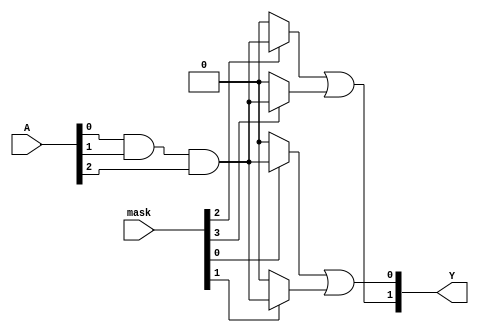
module MaskedPAL (
    input wire [N-1:0] A,      // Input lines (A, B, C, etc.)
    input wire [M-1:0] mask,   // Masking signals for AND gates
    output wire [P-1:0] Y      // Output lines
);

// Parameters for the design
parameter N = 3; // Number of inputs
parameter M = 4; // Number of AND gates
parameter P = 2; // Number of OR gates

// Internal signals for AND gate outputs
wire [M-1:0] and_out;

// AND gate array (programmable)
genvar i;
generate
    for (i = 0; i < M; i = i + 1) begin : and_array
        // Each AND gate can be programmed based on the input and mask
        assign and_out[i] = (mask[i]) ? (A[0] & A[1] & A[2]) : 1'b0; // Example: AND of all inputs
        // You can modify the logic here to implement specific product terms
    end
endgenerate

// OR gate array (fixed)
assign Y[0] = and_out[0] | and_out[1]; // Example: OR of first two AND gates
assign Y[1] = and_out[2] | and_out[3]; // Example: OR of next two AND gates

endmodule